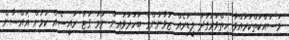
މަސައްކަތްކުރައްވާ ހިތްވަރުގަދަ ލީޑަރެއް ޒުވާނުންގެ ބަހުރުވައިން ނަމަ ގަޓު ރައީސެއް ކަމަށް ޣައްސާން